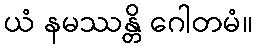
ယံ နမဿန္တိ ဂေါတမံ။